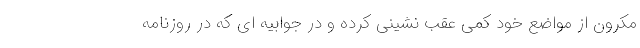
مکرون از مواضع خود کمی عقب نشینی کرده و در جوابیه ای که در روزنامه